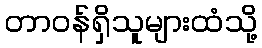
တာဝန်ရှိသူများထံသို့